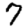
Digit: 7